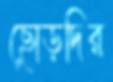
ছোড়দির